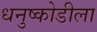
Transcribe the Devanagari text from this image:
धनुष्कोडीला